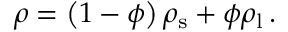
\rho = \left( 1 - \phi \right) \rho _ { \mathrm { s } } + \phi \rho _ { \mathrm { l } } \, .